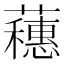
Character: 𬟘